Report on vaccination in the Province of Bengal - 1869-1873
Year: 1869
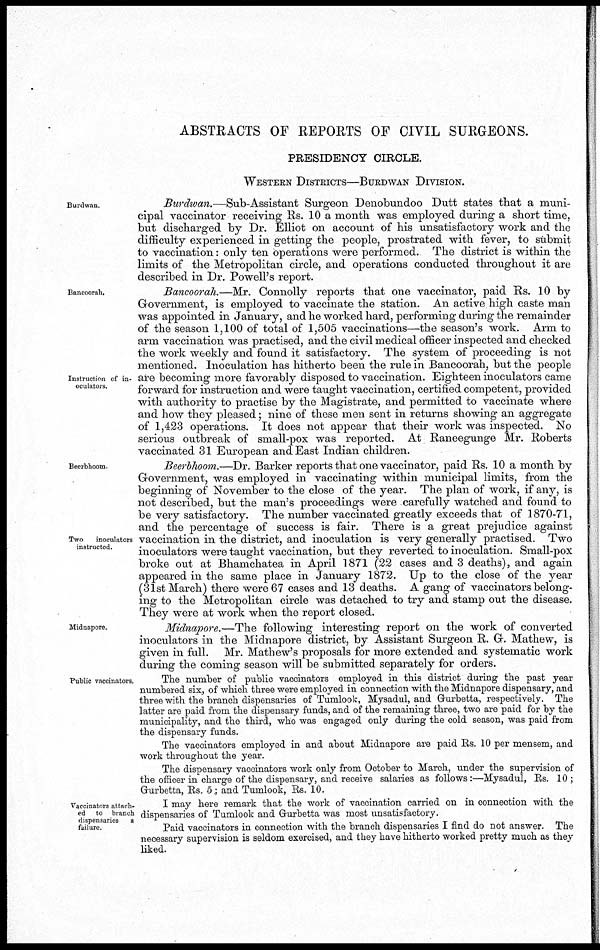
ABSTRACTS OF REPORTS OF CIVIL SURGEONS.
PRESIDENCY CIRCLE.
WESTERN DISTRICTS—BURDWAN DIVISION.
Burdwan.
Burdwan.—Sub-Assistant Surgeon Denobundoo Dutt states that a muni-
cipal vaccinator receiving Rs. 10 a month was employed during a short time,
but discharged by Dr. Elliot on account of his unsatisfactory work and the
difficulty experienced in getting the people, prostrated with fever, to submit
to vaccination: only ten operations were performed. The district is within the
limits of the Metropolitan circle, and operations conducted throughout it are
described in Dr. Powell's report.
Bancoorah.
Instruction of in-
oculators.
Bancoorah.—Mr. Connolly reports that one vaccinator, paid Rs. 10 by
Government, is employed to vaccinate the station. An active high caste man
was appointed in January, and he worked hard, performing during the remainder
of the season 1,100 of total of 1,505 vaccinations—the season's work. Arm to
arm vaccination was practised, and the civil medical officer inspected and checked
the work weekly and found it satisfactory. The system of proceeding is not
mentioned. Inoculation has hitherto been the rule in Bancoorah, but the people
are becoming more favorably disposed to vaccination. Eighteen inoculators came
forward for instruction and were taught vaccination, certified competent, provided
with authority to practise by the Magistrate, and permitted to vaccinate where
and how they pleased; nine of these men sent in returns showing an aggregate
of 1,423 operations. It does not appear that their work was inspected. No
serious outbreak of small-pox was reported. At Raneegunge Mr. Roberts
vaccinated 31 European and East Indian children.
Beerbhoom
Two inoculators
instructed.
Beerbhoom.—Dr. Barker reports that one vaccinator, paid Rs. 10 a month by
Government, was employed in vaccinating within municipal limits, from the
beginning of November to the close of the year. The plan of work, if any, is
not described, but the man's proceedings were carefully watched and found to
be very satisfactory. The number vaccinated greatly exceeds that of 1870-71,
and the percentage of success is fair. There is a great prejudice against
vaccination in the district, and inoculation is very generally practised. Two
inoculators were taught vaccination, but they reverted to inoculation. Small-pox
broke out at Bhamchatea in April 1871 (22 cases and 3 deaths), and again
appeared in the same place in January 1872. Up to the close of the year
(31st March) there were 67 cases and 13 deaths. A gang of vaccinators belong-
ing to the Metropolitan circle was detached to try and stamp out the disease.
They were at work when the report closed.
Midnapore.
Midnapore.—The following interesting report on the work of converted
inoculators in the Midnapore district, by Assistant Surgeon R. G. Mathew, is
given in full. Mr. Mathew's proposals for more extended and systematic work
during the coming season will be submitted separately for orders.
Public vaccinators.
The number of public vaccinators employed in this district during the past year
numbered sis; of which three were employed in connection with the Midnapore dispensary, and
three with the branch dispensaries of Tumlook, Mysadul, and Gurbetta, respectively. The
latter are paid from the dispensary funds, and of the remaining three, two are paid for by the
municipality, and the third, who was engaged only during the cold season, was paid from
the dispensary funds.
The vaccinators employed in and about Midnapore are paid Rs. 10 per mensem, and
work throughout the year.
The dispensary vaccinators work only from October to March, under the supervision of
the officer in charge of the dispensary, and receive salaries as follows:—Mysadul, Rs. 10 ;
Gurbetta, Rs. 5 and Tumlook, Rs. 10.
Vaccinators attach-
ed to branch
dispensaries a
failure.
I may here remark that the work of vaccination carried on in connection with the
dispensaries of Tumlook and Gurbetta was most unsatisfactory.
Paid vaccinators in connection with the branch dispensaries I find do not answer. The
necessary supervision is seldom exercised, and they have hitherto worked pretty much as they
liked.